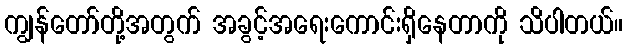
ကျွန်တော်တို့အတွက် အခွင့်အရေးကောင်းရှိနေတာကို သိပါတယ်။